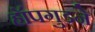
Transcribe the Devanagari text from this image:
हॉपगुडने